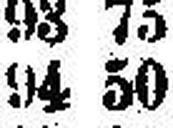
94 50